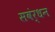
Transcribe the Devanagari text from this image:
सवंर्धन